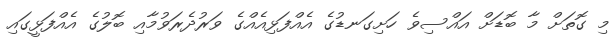
މި ގޮތަށް މާ ބޮޑަށް އައްސިވެ ހަށިގަނޑުގެ އެއްފަޅިއެއްގެ ވަރުދެރަވުމާއި ބޮލުގެ އެއްފަޅީގައި